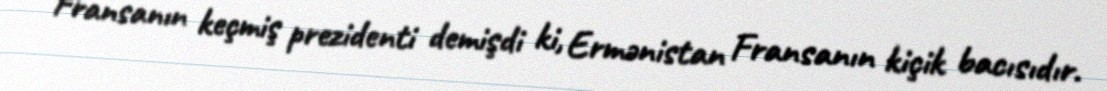
"Fransanın keçmiş prezidenti demişdi ki, Ermənistan Fransanın kiçik bacısıdır.